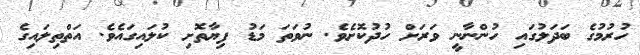
ހުރުމުގެ ބަދަލުގައި ހުންނާނީ ވަރަށް ހުދުކޮށެވެ. ނުވަތަ މަޑު ފިޔާތޮށި ކުލައިގައެވެ. އަތްތިލައިގެ